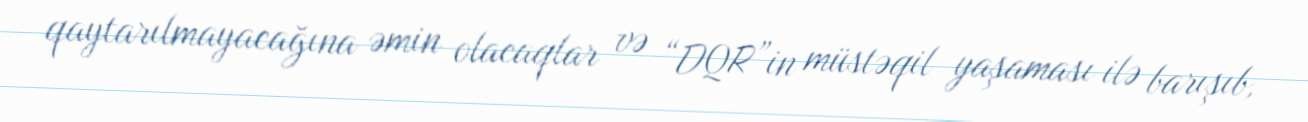
qaytarılmayacağına əmin olacaqlar və “DQR”in müstəqil yaşaması ilə barışıb,